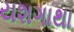
યશગાથા